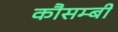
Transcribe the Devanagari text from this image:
कौसम्बी